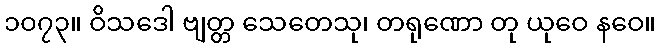
၁၀၇၃။ ဝိသဒေါ ဗျတ္တ သေတေသု၊ တရုဏော တု ယုဝေ နဝေ။